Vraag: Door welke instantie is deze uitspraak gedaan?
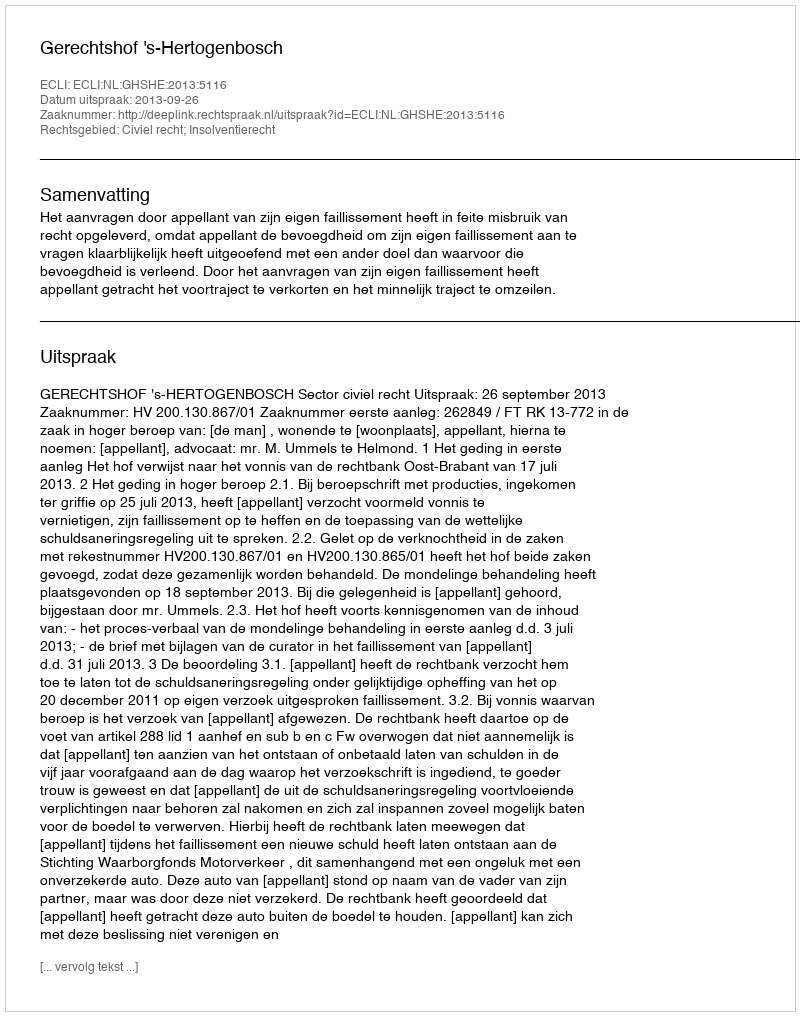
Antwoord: Gerechtshof 's-Hertogenbosch